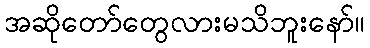
အဆိုတော်တွေလားမသိဘူးနော်။